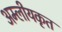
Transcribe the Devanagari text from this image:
अम्लीयकृत